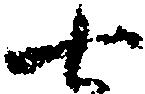
七